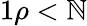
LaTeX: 1\le\rho<\mathbb{N}